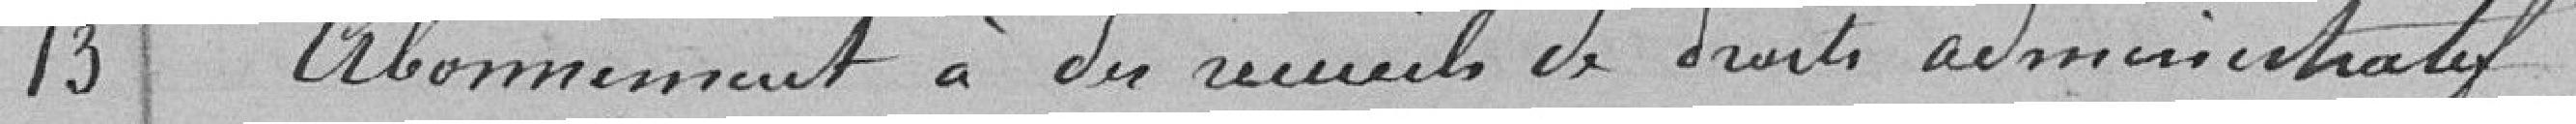
13 Abonnement à des recueils de droits administratifs